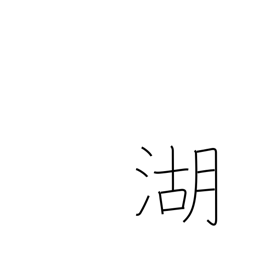
Meaning: lake